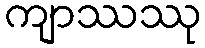
ကျာဿဿု